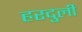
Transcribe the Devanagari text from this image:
हरदुली